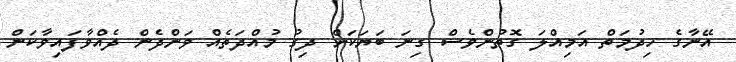
އޭނާގެ ހިދުމަތް އަމިއްލަ ގޮތުންވެސް ގިނަ ބަޔަކަށް ދިގު މުއްދަތެއް ވަންދެން ދެއްވާފައިވާކަން